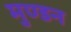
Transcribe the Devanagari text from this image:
मुण्डन